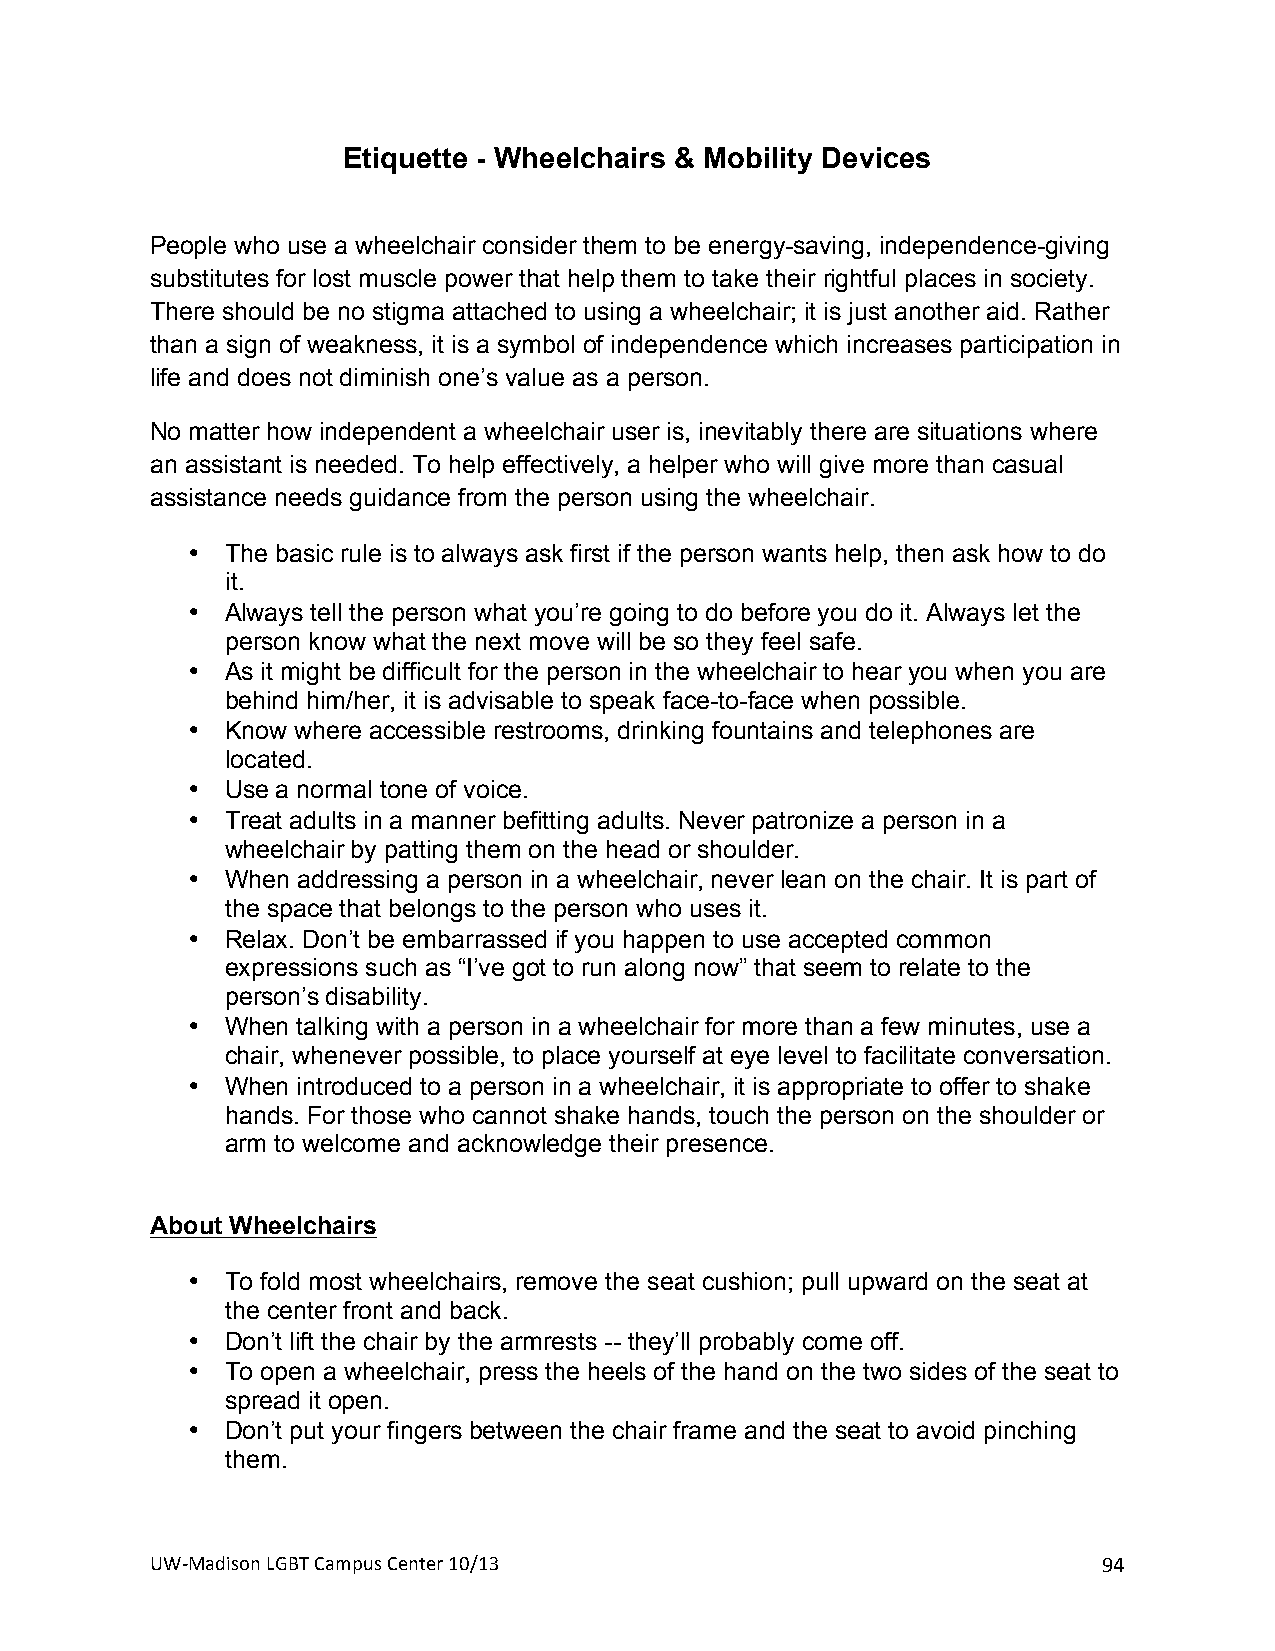
Etiquette - Wheelchairs & Mobility Devices
 People who use a wheelchair consider them to be energy-saving, independence-giving
 substitutes for lost muscle power that help them to take their rightful places in society.
 There should be no stigma attached to using a wheelchair; it is just another aid. Rather
 than a sign of weakness, it is a symbol of independence which increases participation in
 life and does not diminish one’s value as a person.
 No matter how independent a wheelchair user is, inevitably there are situations where
 an assistant is needed. To help effectively, a helper who will give more than casual
 assistance needs guidance from the person using the wheelchair.
 •  The basic rule is to always ask first if the person wants help, then ask how to do
 it.
 •  Always tell the person what you’re going to do before you do it. Always let the
 person know what the next move will be so they feel safe.
 •  As it might be difficult for the person in the wheelchair to hear you when you are
 behind him/her, it is advisable to speak face-to-face when possible.
 •  Know where accessible restrooms, drinking fountains and telephones are
 located.
 •  Use a normal tone of voice.
 •  Treat adults in a manner befitting adults. Never patronize a person in a
 wheelchair by patting them on the head or shoulder.
 •  When addressing a person in a wheelchair, never lean on the chair. It is part of
 the space that belongs to the person who uses it.
 •  Relax. Don’t be embarrassed if you happen to use accepted common
 expressions such as “I’ve got to run along now” that seem to relate to the
 person’s disability.
 •  When talking with a person in a wheelchair for more than a few minutes, use a
 chair, whenever possible, to place yourself at eye level to facilitate conversation.
 •  When introduced to a person in a wheelchair, it is appropriate to offer to shake
 hands. For those who cannot shake hands, touch the person on the shoulder or
 arm to welcome and acknowledge their presence.
 About Wheelchairs
 •  To fold most wheelchairs, remove the seat cushion; pull upward on the seat at
 the center front and back.
 •  Don’t lift the chair by the armrests -- they’ll probably come off.
 •  To open a wheelchair, press the heels of the hand on the two sides of the seat to
 spread it open.
 •  Don’t put your fingers between the chair frame and the seat to avoid pinching
 them.
 UW#Madison+LGBT+Campus+Center+10/13+                           94+